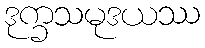
ဒုက္ခသမုဒယဿ